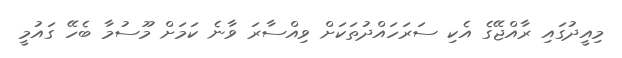
މިއީދުގައި ރާއްޖޭގެ އެކި ސަރަހައްދުތަކަށް ވިއްސާރަ ވާނެ ކަމަށް މޫސުމާ ބެހޭ ގައުމީ